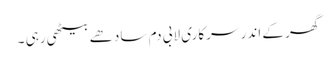
گھر کے اندر سرکاری لابی دم سادھے بیٹھی رہی ۔